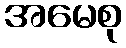
အမေစု